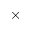
\times